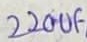
Text: 220uF